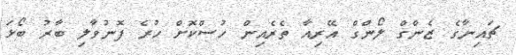
ޗައިނާގެ ޒެންގް ލޯންގް އޭރިއާ ތެރެއިން ހުސްކޮށް ހުރެ ފޮނުވާލި ބާރު ބޯޅަ